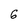
Character: 6